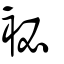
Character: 袐